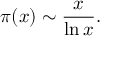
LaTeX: \pi ( x ) \sim { \frac { x } { \ln x } } .